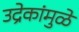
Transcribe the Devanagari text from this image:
उद्रेकांमुळे